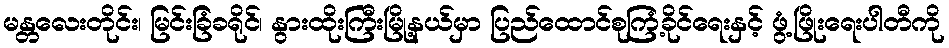
မန္တလေးတိုင်း၊ မြင်းခြံခရိုင်၊ နွားထိုးကြီးမြို့နယ်မှာ ပြည်ထောင်စုကြံ့ခိုင်ရေးနှင့် ဖွံ့ဖြိုးရေးပါတီကို